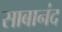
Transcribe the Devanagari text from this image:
साबानंद